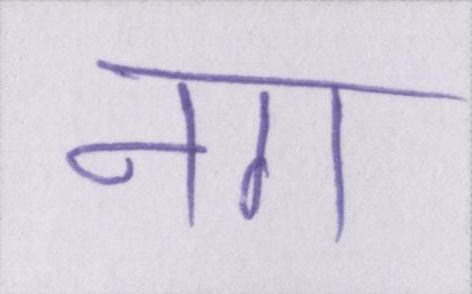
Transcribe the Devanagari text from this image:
नग